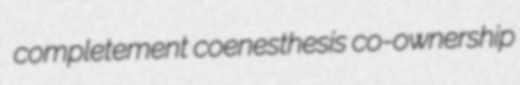
completement coenesthesis co-ownership